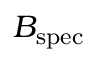
B _ { \mathrm { s p e c } }